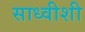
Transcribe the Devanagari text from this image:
साध्वीशी